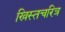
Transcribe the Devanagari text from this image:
ख्रिस्तचरित्र